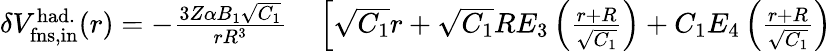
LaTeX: \begin{array}{rl}{\delta V_{\mathrm{fns,in}}^{\mathrm{had.}}(r)=-\frac{3Z\alpha B_{1}\sqrt{C_{1}}}{rR^{3}}}&{{}\left[\sqrt{C_{1}}r+\sqrt{C_{1}}RE_{3}\left(\frac{r+R}{\sqrt{C_{1}}}\right)+C_{1}E_{4}\left(\frac{r+R}{\sqrt{C_{1}}}\right)\right.}\end{array}